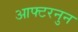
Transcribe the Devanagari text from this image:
आफ्टरनुन